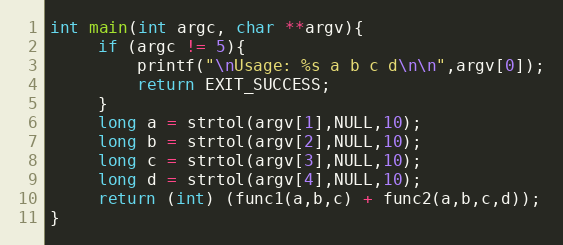
Language: C
int main(int argc, char **argv){
     if (argc != 5){
         printf("\nUsage: %s a b c d\n\n",argv[0]);
         return EXIT_SUCCESS;
     }
     long a = strtol(argv[1],NULL,10);
     long b = strtol(argv[2],NULL,10);
     long c = strtol(argv[3],NULL,10);
     long d = strtol(argv[4],NULL,10);
     return (int) (func1(a,b,c) + func2(a,b,c,d));
}